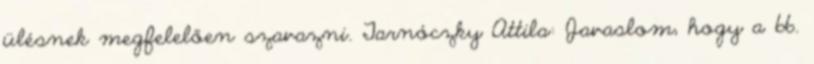
ülésnek megfelelően szavazni. Tarnóczky Attila: Javaslom, hogy a 66.